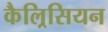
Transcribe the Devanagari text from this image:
कैल्रिसियन